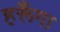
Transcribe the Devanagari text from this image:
हरूँगा